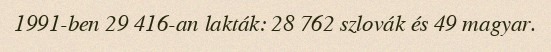
1991-ben 29 416-an lakták: 28 762 szlovák és 49 magyar.